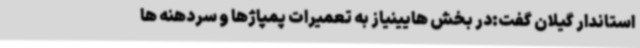
استاندار گیلان گفت:در بخش هایینیاز به تعمیرات پمپاژها و سردهنه ها